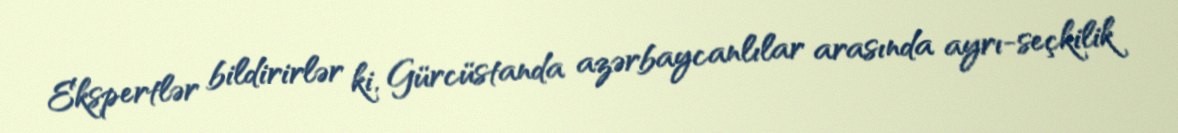
Ekspertlər bildirirlər ki, Gürcüstanda azərbaycanlılar arasında ayrı-seçkilik